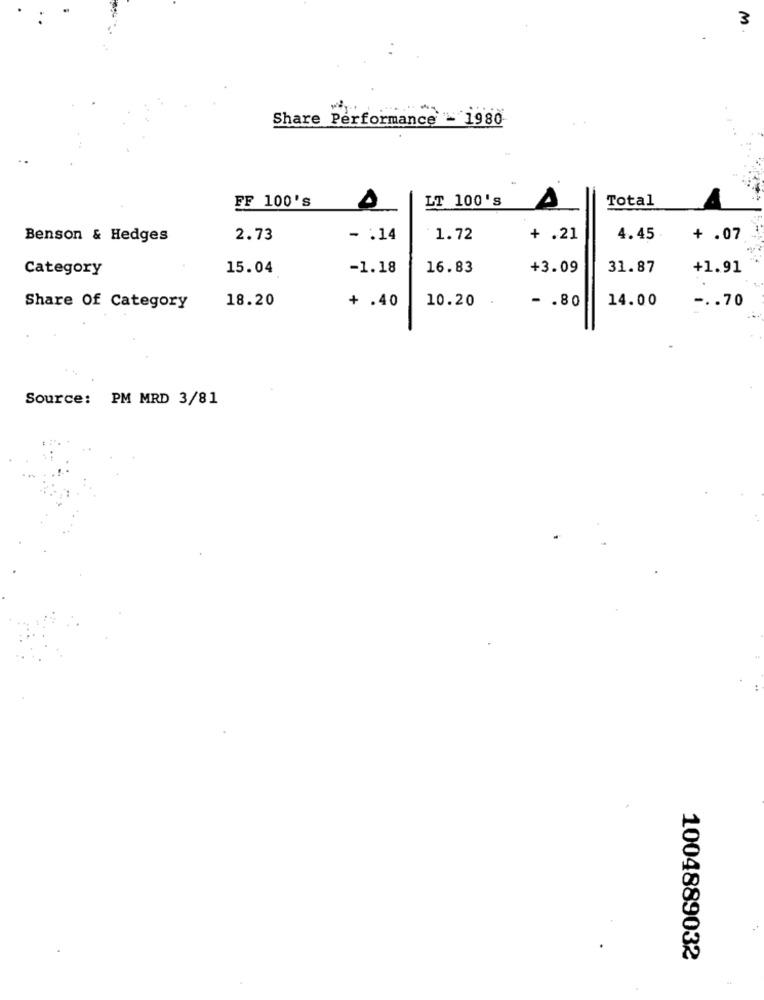
Share Performance - 1980
LT 100's
A
Total
FF 100's
Benson & Hedges
2.73
- . 14
1.72
+ .21
4.45
+ .07
Category
15.04
-1.18
16.83
+3.09
31.87
+1.91
18.20
+ .40
10.20
- . 80
14.00
-.. 70
Share Of Category
Source: PM MRD 3/81
1004889032